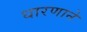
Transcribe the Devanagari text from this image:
धारणाने